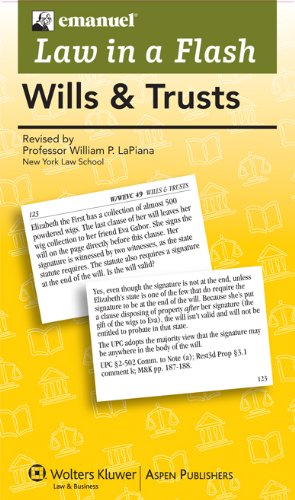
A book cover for Law in A Flash Cards: Wills & Trusts 2013; Lazar Emanuel; Law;